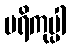
ပရိကုပ္ပါ